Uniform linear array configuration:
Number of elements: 16
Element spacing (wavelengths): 0.25
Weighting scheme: cosine
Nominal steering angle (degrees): -60
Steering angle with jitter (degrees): -59.819
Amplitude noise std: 0.05
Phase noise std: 0.05

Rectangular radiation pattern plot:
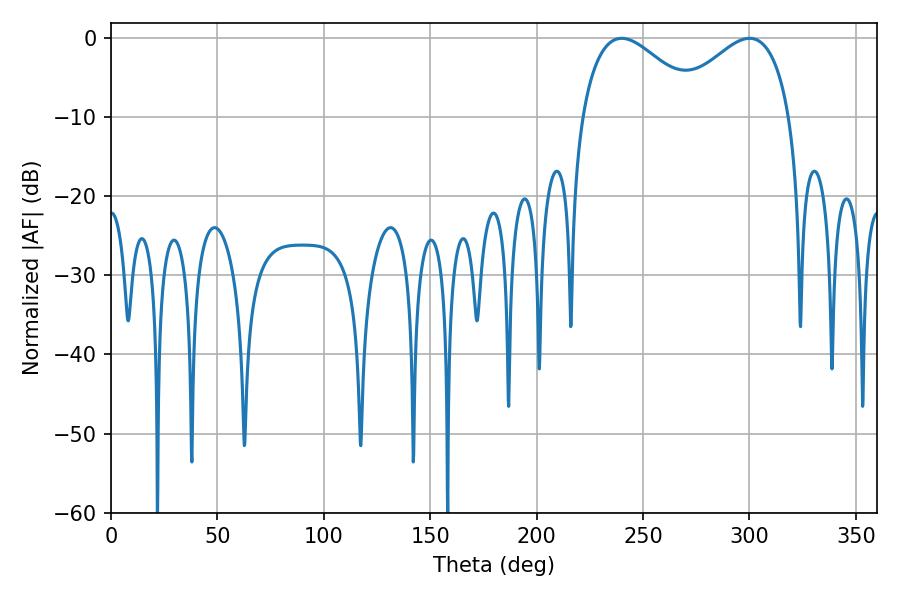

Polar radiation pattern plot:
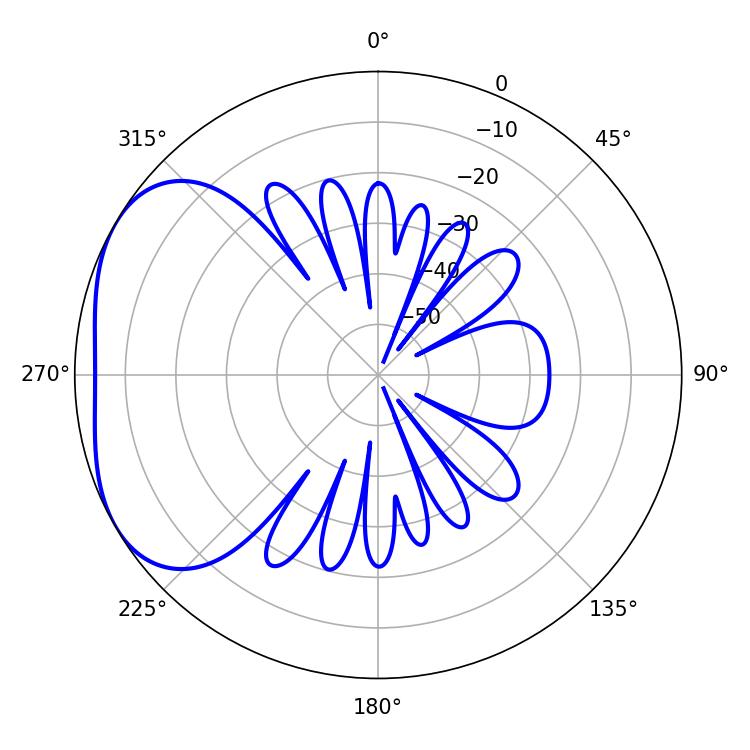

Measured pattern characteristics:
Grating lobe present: FALSE
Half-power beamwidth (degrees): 30.96
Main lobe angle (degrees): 239.94